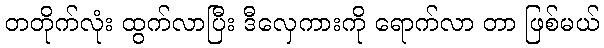
တတိုက်လုံး ထွက်လာပြီး ဒီလှေကားကို ရောက်လာ တာ ဖြစ်မယ်